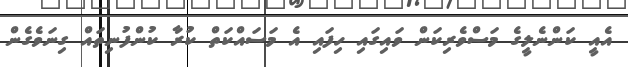
އެއީ ކަންނެލީގެ މަސްވެރިކަން ވައިިގައި ހިފައި އެ މަސައްކަތް ކުރާ ކުންފުނިތައް ގިނަވެގެން